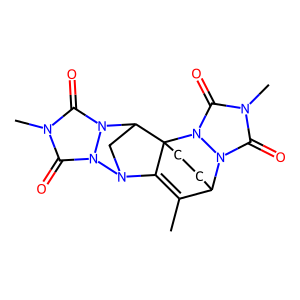
SMILES: CC1=C2N3CC(n4c(=O)n(C)c(=O)n43)C23CCC1n1c(=O)n(C)c(=O)n13
Inhibits HIV replication: No